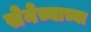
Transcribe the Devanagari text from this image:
सेनेच्याच्या